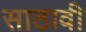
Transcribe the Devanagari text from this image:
साठावी